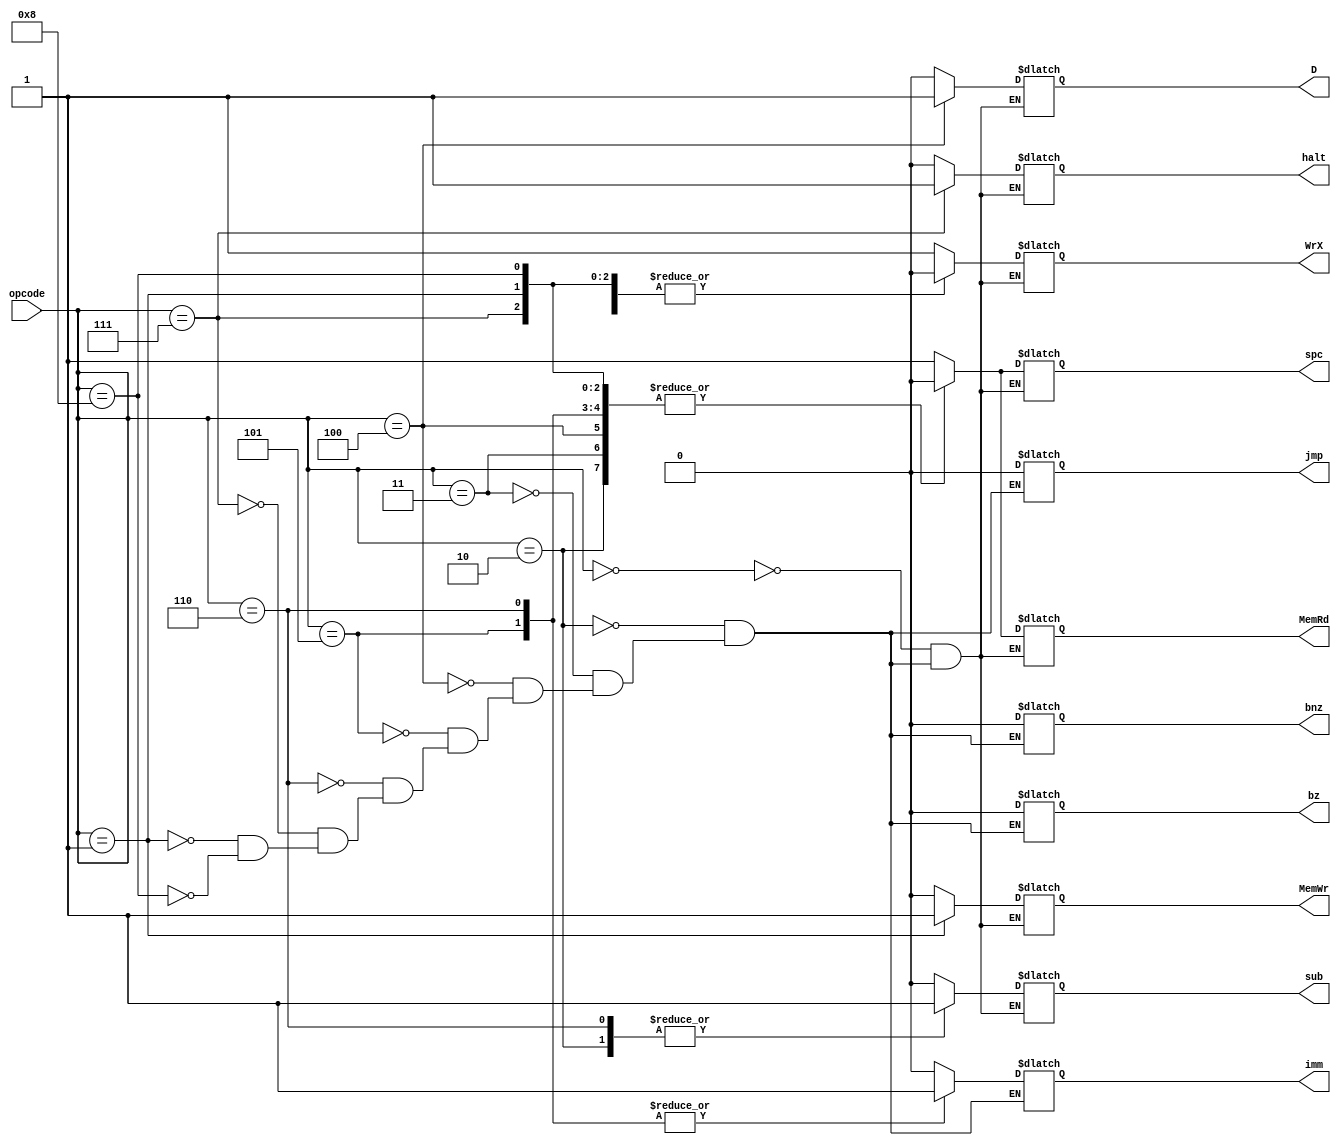
module Lab6_DECODE(
    input [3:0] opcode,
    output reg D,
    output reg WrX,
    output reg MemWr,
    output reg MemRd,
    output reg imm,
    output reg bz,
    output reg bnz,
    output reg jmp,
    output reg sub,
    output reg spc,
    output reg halt
    );
    
    
    
    parameter opLd = 0;
    parameter opSub = 2;
    parameter opAdd = 3;
    parameter opDisplay = 4;
    parameter opAddi = 5;
    parameter opSubi = 6;
    parameter opHalt = 7;
    parameter opSTR = 1;
    parameter opNOP = 8;

    
    
    always @(*) 
        begin 
            case(opcode)
                opLd: begin
                    D	     =  0;
                    WrX		 =  1;
                    MemWr	 =  0;
                    MemRd	 =  1;
//                    imm	 	 =  0;
//                    bz		 =  0;
//                    bnz 	 =  0;
//                    jmp      =  0;
                    sub 	 =  0;
                    spc 	 =  1;
                    halt	 =  0;
                end    
                opSub: begin
                    D	     =  0;
                    WrX		 =  1;
                    MemWr	 =  0;
                    MemRd	 =  0;
                    imm	 	 =  0;
                    bz		 =  0;
                    bnz 	 =  0;
                    jmp      =  0;
                    sub 	 =  1;
                    spc 	 =  0;
                    halt	 =  0;
                end
                opAdd: begin
                    D	     =  0;
                    WrX		 =  1;
                    MemWr	 =  0;
                    MemRd	 =  0;
                    imm	 	 =  0;
                    bz		 =  0;
                    bnz 	 =  0;
                    jmp      =  0;
                    sub 	 =  0;
                    spc 	 =  0;
                    halt	 =  0;
                end
                opDisplay: begin
                    D	     =  1;
                    WrX		 =  0;
                    MemWr	 =  0;
                    MemRd	 =  0;
                    imm	 	 =  0;
                    bz		 =  0;
                    bnz 	 =  0;
                    jmp      =  0;
                    sub 	 =  0;
                    spc 	 =  0;
                    halt	 =  0;
                end
                opAddi: begin
                    D	     =  0;
                    WrX		 =  1;
                    MemWr	 =  0;
                    MemRd	 =  0;
                    imm	 	 =  1;
                    bz		 =  0;
                    bnz 	 =  0;
                    jmp      =  0;
                    sub 	 =  0;
                    spc 	 =  0;
                    halt	 =  0;
                end
                opSubi: begin
                    D	     =  0;
                    WrX		 =  1;
                    MemWr	 =  0;
                    MemRd	 =  0;
                    imm	 	 =  1;
                    bz		 =  0;
                    bnz 	 =  0;
                    jmp      =  0;
                    sub 	 =  1;
                    spc 	 =  0;
                    halt	 =  0;
                end
                opHalt: begin
                    D	     =  0;
                    WrX		 =  0;
                    MemWr	 =  0;
                    MemRd	 =  0;
                    imm	 	 =  0;
                    bz		 =  0;
                    bnz 	 =  0;
                    jmp      =  0;
                    sub 	 =  0;
                    spc 	 =  0;
                    halt	 =  1;
                end
                opSTR: begin
                    D	     =  0;
                    WrX		 =  0;
                    MemWr	 =  1;
                    MemRd	 =  0;
                    imm	 	 =  0;
                    bz		 =  0;
                    bnz 	 =  0;
                    jmp      =  0;
                    sub 	 =  0;
                    spc 	 =  0;
                    halt	 =  0;
                end
                opNOP: begin
                    D	     =  0;
                    WrX		 =  0;
                    MemWr	 =  0;
                    MemRd	 =  0;
                    imm	 	 =  0;
                    bz		 =  0;
                    bnz 	 =  0;
                    jmp      =  0;
                    sub 	 =  0;
                    spc 	 =  0;
                    halt	 =  0;
                end
            endcase
        end
endmodule